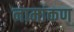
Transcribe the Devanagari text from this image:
नामांकण